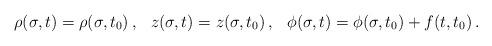
LaTeX: \begin{align*}\rho(\sigma, t)=\rho(\sigma, t_0)\, ,\hspace{.3cm}z(\sigma, t)=z(\sigma, t_0)\,,\hspace{.3cm}\phi(\sigma, t)=\phi(\sigma, t_0)+f(t,t_0) \, .\end{align*}